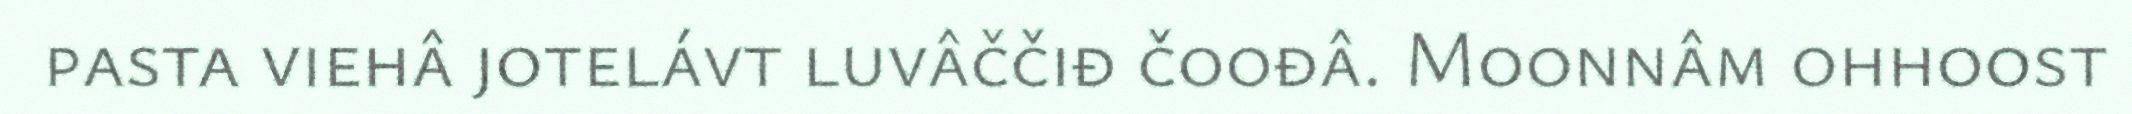
pasta viehâ jotelávt luvâččiđ čoođâ. Moonnâm ohhoost